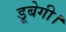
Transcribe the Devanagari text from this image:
डूबेगी।